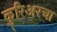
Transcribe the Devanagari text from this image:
कुरिअरचा